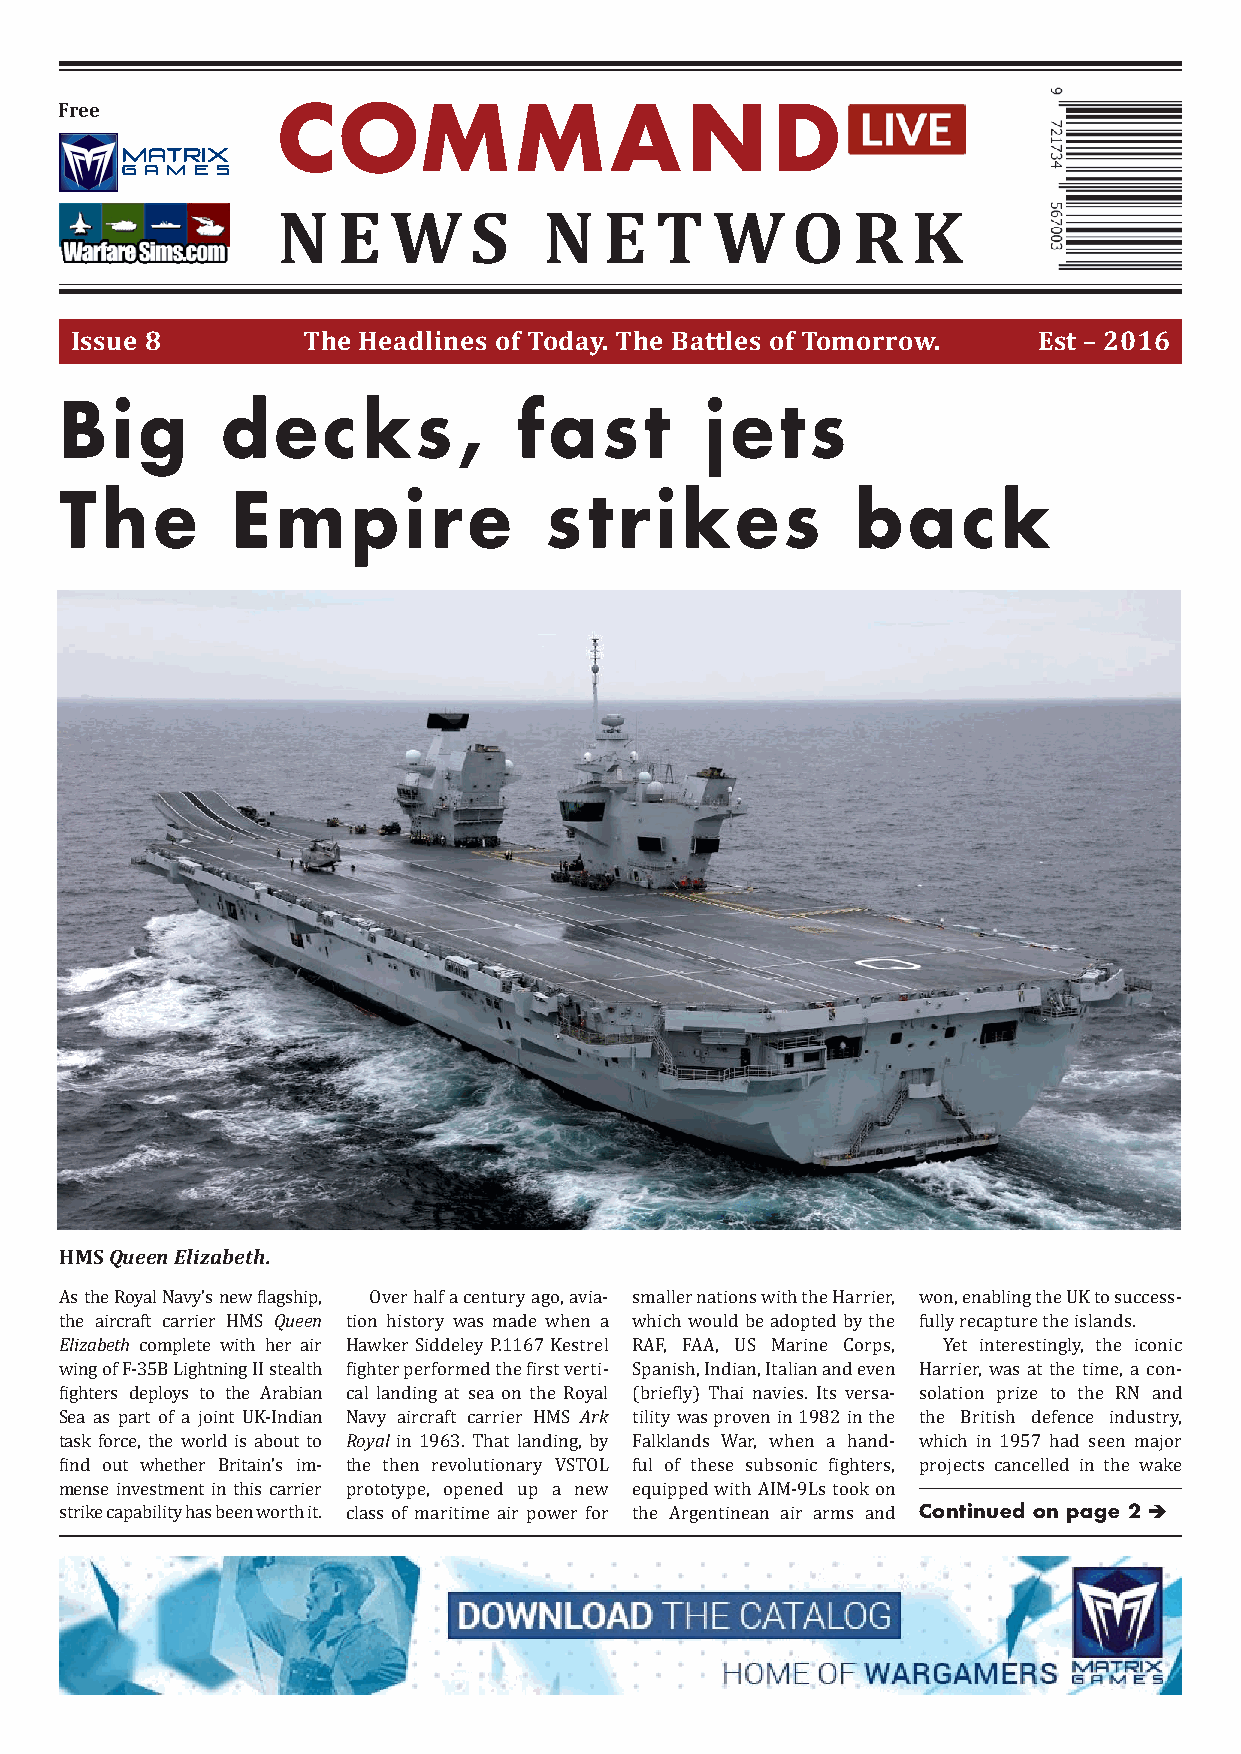
Free          Com             m     a    n     d
 N   e   w    s    N   e  t   w    o   r   k
 Issue 8        the Headlines of today. the Battles of tomorrow. est – 2016
 Big        decks,             fast         jets
 The        Empire               strikes              back
 HMs Queen Elizabeth.
 Queen
 As the Royal Navy’s new flagship, Over half a century ago, avia- smaller nations with the Harrier, won, enabling the UK to success-
 Elizabeth
 the aircraft carrier HMS tion history was made when a which would be adopted by the fully recapture the islands.
 complete with her air Hawker Siddeley P.1167 Kestrel RAF, FAA, US Marine Corps, Yet interestingly, the iconic
 wing of F-35B Lightning II stealth fighter performed the first verti- Spanish, Indian, Italian and even Harrier, was at the time, a con-
 Ark
 fighters deploys to the Arabian cal landing at sea on the Royal (briefly) Thai navies. Its versa- solation prize to the RN and
 Royal
 Sea as part of a joint UK-Indian Navy aircraft carrier HMS tility was proven in 1982 in the the British defence industry,
 task force, the world is about to in 1963. That landing, by Falklands War, when a hand- which in 1957 had seen major
 find out whether Britain’s im- the then revolutionary VSTOL ful of these subsonic fighters, Cpr oo nje tc it ns uc ean dc e oll ne d
 p
 i an
 g
 t eh e
 2
 w èake
 mense investment in this carrier prototype, opened up a new equipped with AIM-9Ls took on
 strike capability has been worth it. class of maritime air power for the Argentinean air arms and